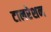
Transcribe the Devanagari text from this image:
टालरेशन